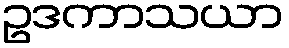
ဥဒကာသယာ